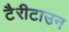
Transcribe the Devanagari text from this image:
टैरीटाउन